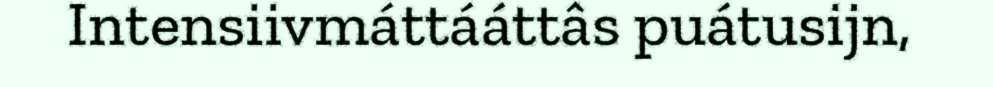
Intensiivmáttááttâs puátusijn,